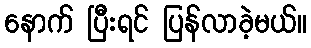
နောက် ပြီးရင် ပြန်လာခဲ့မယ်။